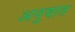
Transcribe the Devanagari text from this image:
अनुवात